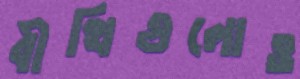
বীথিগুলোও